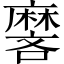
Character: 𬹏